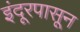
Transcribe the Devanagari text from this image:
इंदूरपासून